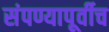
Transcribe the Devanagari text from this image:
संपण्यापूर्वीच